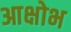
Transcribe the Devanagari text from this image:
आक्षोभ